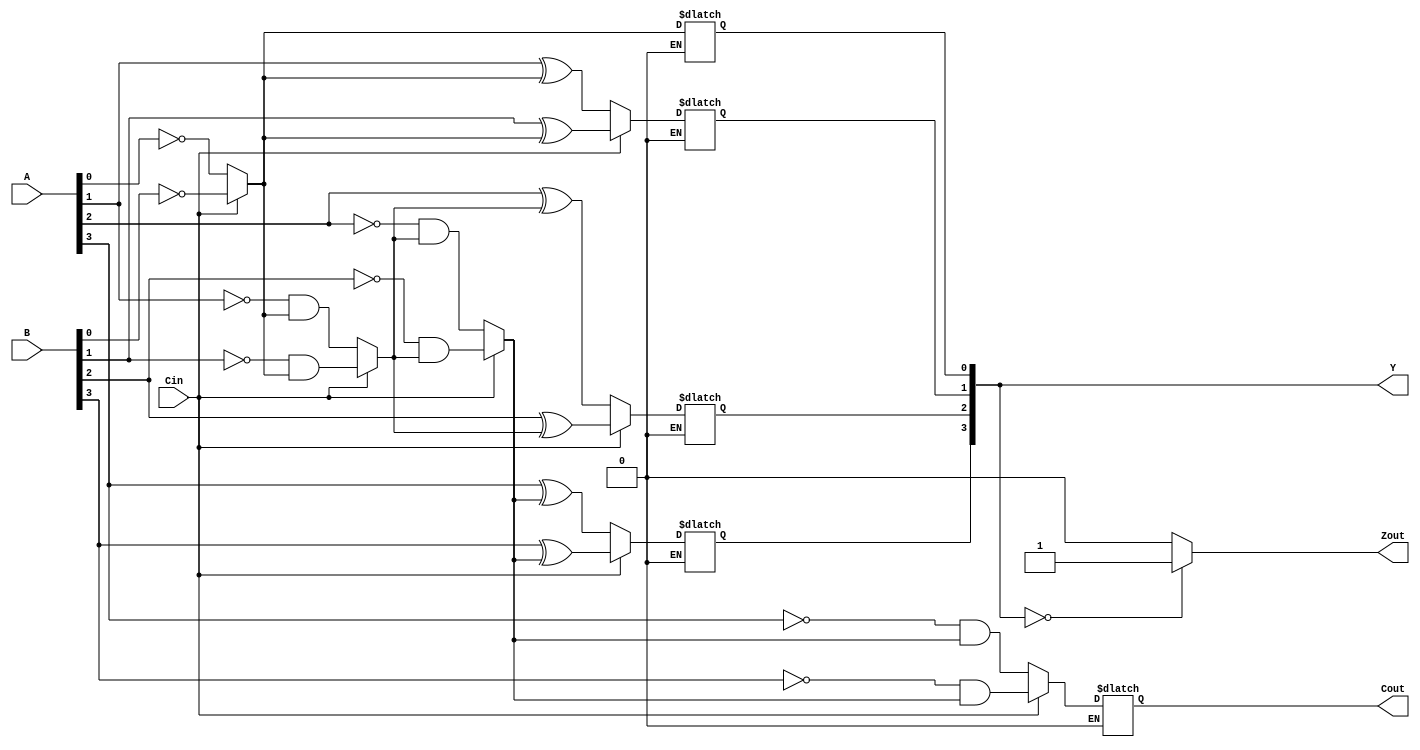
module Decre_Verilog_P(A,B,Y,Cin,Cout,Zout);
   
    parameter N = 4;
    input [N-1:0] A;
    input [N-1:0] B;
    output [N-1:0] Y;
    input Cin;
    output Cout;
    output Zout;
    
    reg [N-1:0] Y_reg;
    reg [N-1:0] B_aux = 1;
    reg [N-1:0] A_aux = 1;
    reg [N-1:0] i;
    reg [N:0] carry;
    reg t1, t2, t3, t4, t5, t6;
    
    reg Z_out;
    
    always @*
    begin
    for(i = 0; i < N; i = i + 1) 
        begin
        if (Cin == 0)
        begin
            carry [0] = 0;
            t1 = A[i] ^ B_aux[i];
            Y_reg[i] = t1 ^ carry[i];
            t4 = ~A[i];
            t2 = t4 & B_aux[i];
            t3 = t4 & carry[i];
            t5 = B_aux[i] & carry[i];
            t6 = t2 | t3;
            carry[i+1] = t6 | t5;
        end else if (Cin == 1)
        begin 
            carry [0] = 0;
            t1 = B[i] ^ A_aux[i];
            Y_reg[i] = t1 ^ carry[i];
            t4 = ~B[i];
            t2 = t4 & A_aux[i];
            t3 = t4 & carry[i];
            t5 = A_aux[i] & carry[i];
            t6 = t2 | t3;
            carry[i+1] = t6 | t5;
            
        end
        
     end
    end
    
    always @*
         begin
                if (Y_reg == 0) begin
                    Z_out = 1;
                end else begin
                    Z_out = 0;
                end
            
         end
    
    assign Y = Y_reg;
    assign Cout = carry[N];
    assign Zout = Z_out;

endmodule